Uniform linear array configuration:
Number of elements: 16
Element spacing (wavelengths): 0.25
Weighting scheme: cosine
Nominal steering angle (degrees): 60
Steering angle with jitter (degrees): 58.876
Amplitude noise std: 0.05
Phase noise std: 0.05

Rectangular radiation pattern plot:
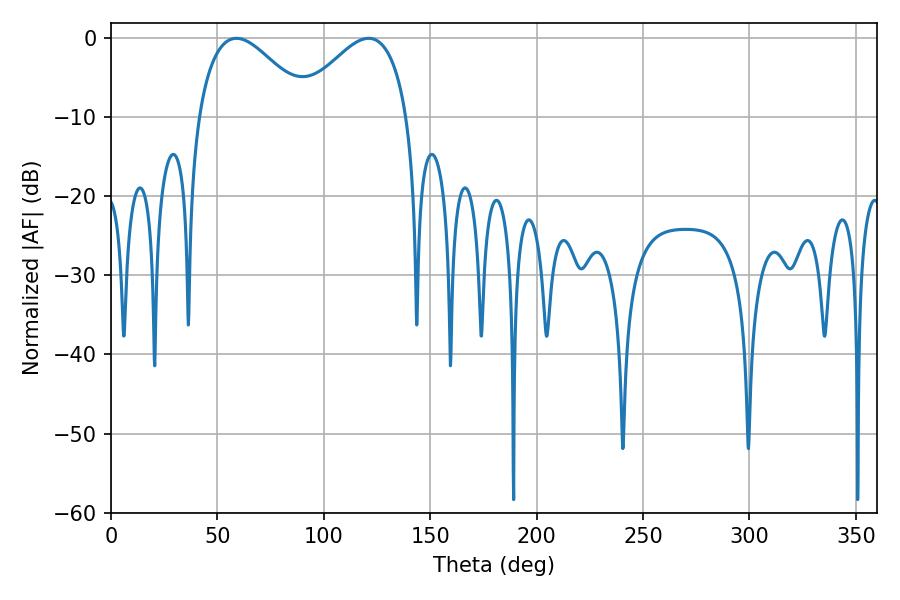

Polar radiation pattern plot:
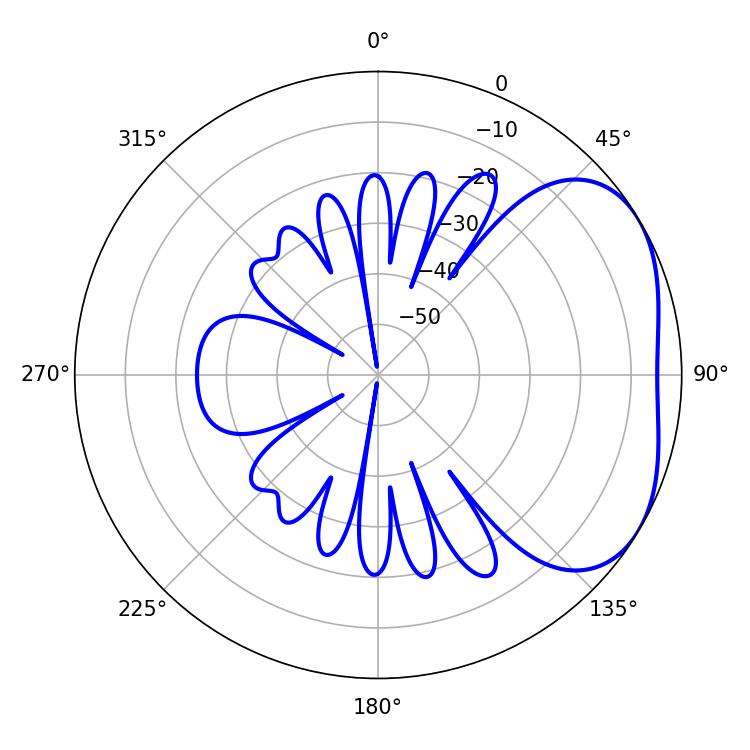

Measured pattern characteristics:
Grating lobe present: FALSE
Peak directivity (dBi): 3.36
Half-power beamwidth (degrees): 28.44
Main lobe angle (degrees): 58.86